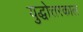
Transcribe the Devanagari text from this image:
युद्धोत्तरकाल